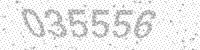
Solution: 035556